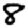
Digit: 8